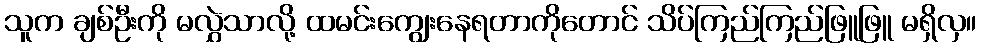
သူက ချစ်ဦးကို မလွှဲသာလို့ ထမင်းကျွေးနေရတာကိုတောင် သိပ်ကြည်ကြည်ဖြူဖြူ မရှိလှ။